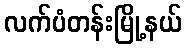
လက်ပံတန်းမြို့နယ်